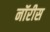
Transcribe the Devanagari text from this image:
नॉरीस